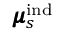
\pmb { \mu } _ { s } ^ { \mathrm { i n d } }